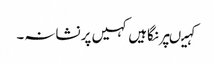
کہیںپر نگاہیں کہیں پر نشانہ۔